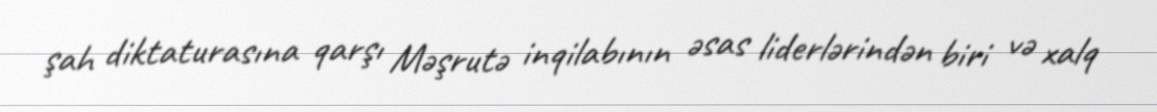
şah diktaturasına qarşı Məşrutə inqilabının əsas liderlərindən biri və xalq